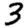
Digit: 3